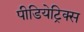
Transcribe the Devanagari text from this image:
पीडियेट्रिक्स